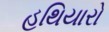
હથિયારો